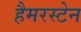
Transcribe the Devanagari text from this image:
हैमरस्टेन